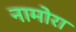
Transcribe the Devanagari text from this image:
नामोरा